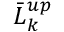
\bar { L } _ { k } ^ { u p }